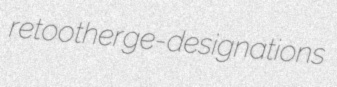
retoother ge- designations